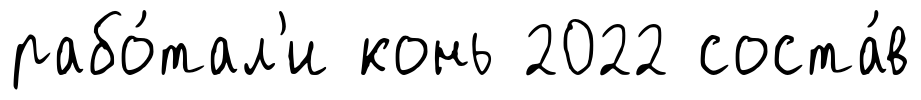
рабо́тал'и конь 2022 соста́в